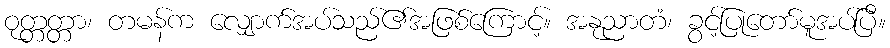
ဝုတ္တတ္တာ၊ တမန်က လျှောက်အပ်သည်၏အဖြစ်ကြောင့်။ အနုညာတံ၊ ခွင့်ပြုတော်မူအပ်ပြီ။